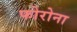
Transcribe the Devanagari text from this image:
फोरोना